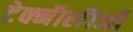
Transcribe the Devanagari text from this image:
टेक्नॅालॅाजी